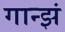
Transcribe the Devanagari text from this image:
गान्झं